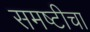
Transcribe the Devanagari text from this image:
समष्टीचा